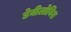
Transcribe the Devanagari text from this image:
डेवीलोविश